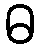
ဓ